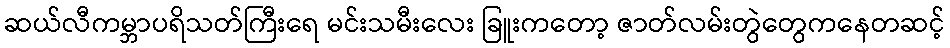
ဆယ်လီကမ္ဘာပရိသတ်ကြီးရေ မင်းသမီးလေး ခြူးကတော့ ဇာတ်လမ်းတွဲတွေကနေတဆင့်